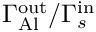
\Gamma _ { \mathrm { A l } } ^ { \mathrm { o u t } } / \Gamma _ { s } ^ { \mathrm { i n } }